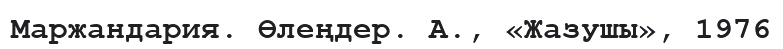
Маржандария. Өлеңдер. А., «Жазушы», 1976